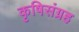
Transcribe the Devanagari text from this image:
कृषिसंग्रह